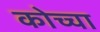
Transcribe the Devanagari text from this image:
कोच्चा